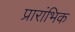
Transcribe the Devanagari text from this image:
प्रारांभिक